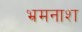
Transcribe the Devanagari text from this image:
भ्रमनाश